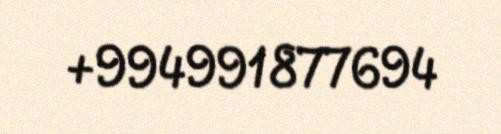
+994991877694